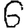
Digit: 6